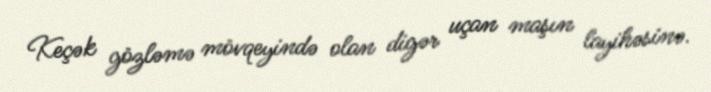
Keçək gözləmə mövqeyində olan digər uçan maşın layihəsinə.